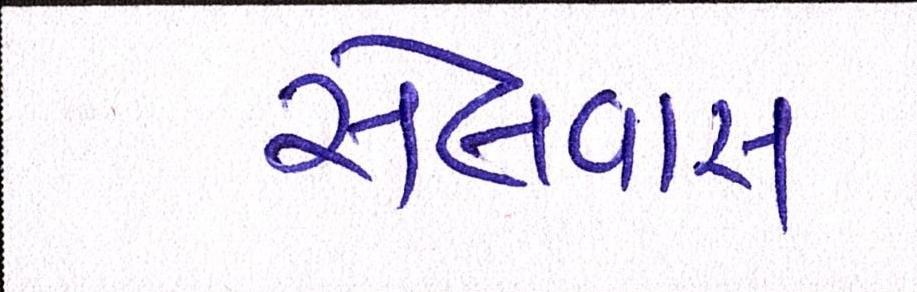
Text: સેલવાસ